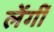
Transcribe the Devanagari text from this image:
लेंगीं